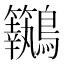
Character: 𪈢